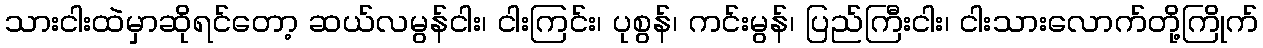
သားငါးထဲမှာဆိုရင်တော့ ဆယ်လမွန်ငါး၊ ငါးကြင်း၊ ပုစွန်၊ ကင်းမွန်၊ ပြည်ကြီးငါး၊ ငါးသားလောက်တို့ကြိုက်